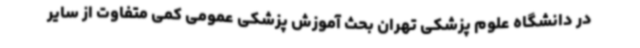
در دانشگاه علوم پزشکی تهران بحث آموزش پزشکی عمومی کمی متفاوت از سایر